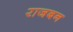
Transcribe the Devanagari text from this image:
राजबन